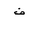
Letter: _fa